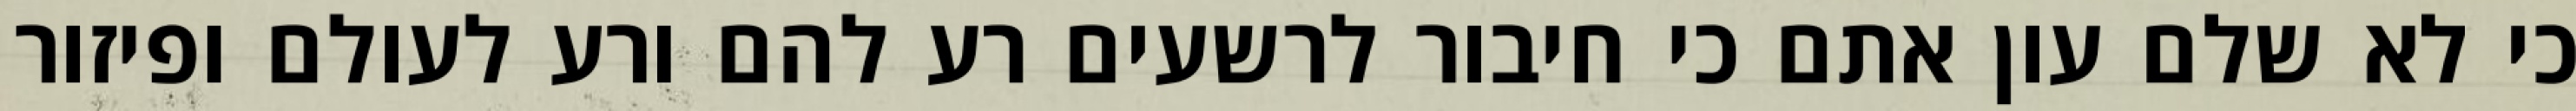
כי לא שלם עון אתם כי חיבור לרשעים רע להם ורע לעולם ופיזור